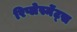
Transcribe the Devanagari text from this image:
रिप्लेस्मेंट्स